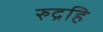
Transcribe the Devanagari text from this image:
रुद्रहि